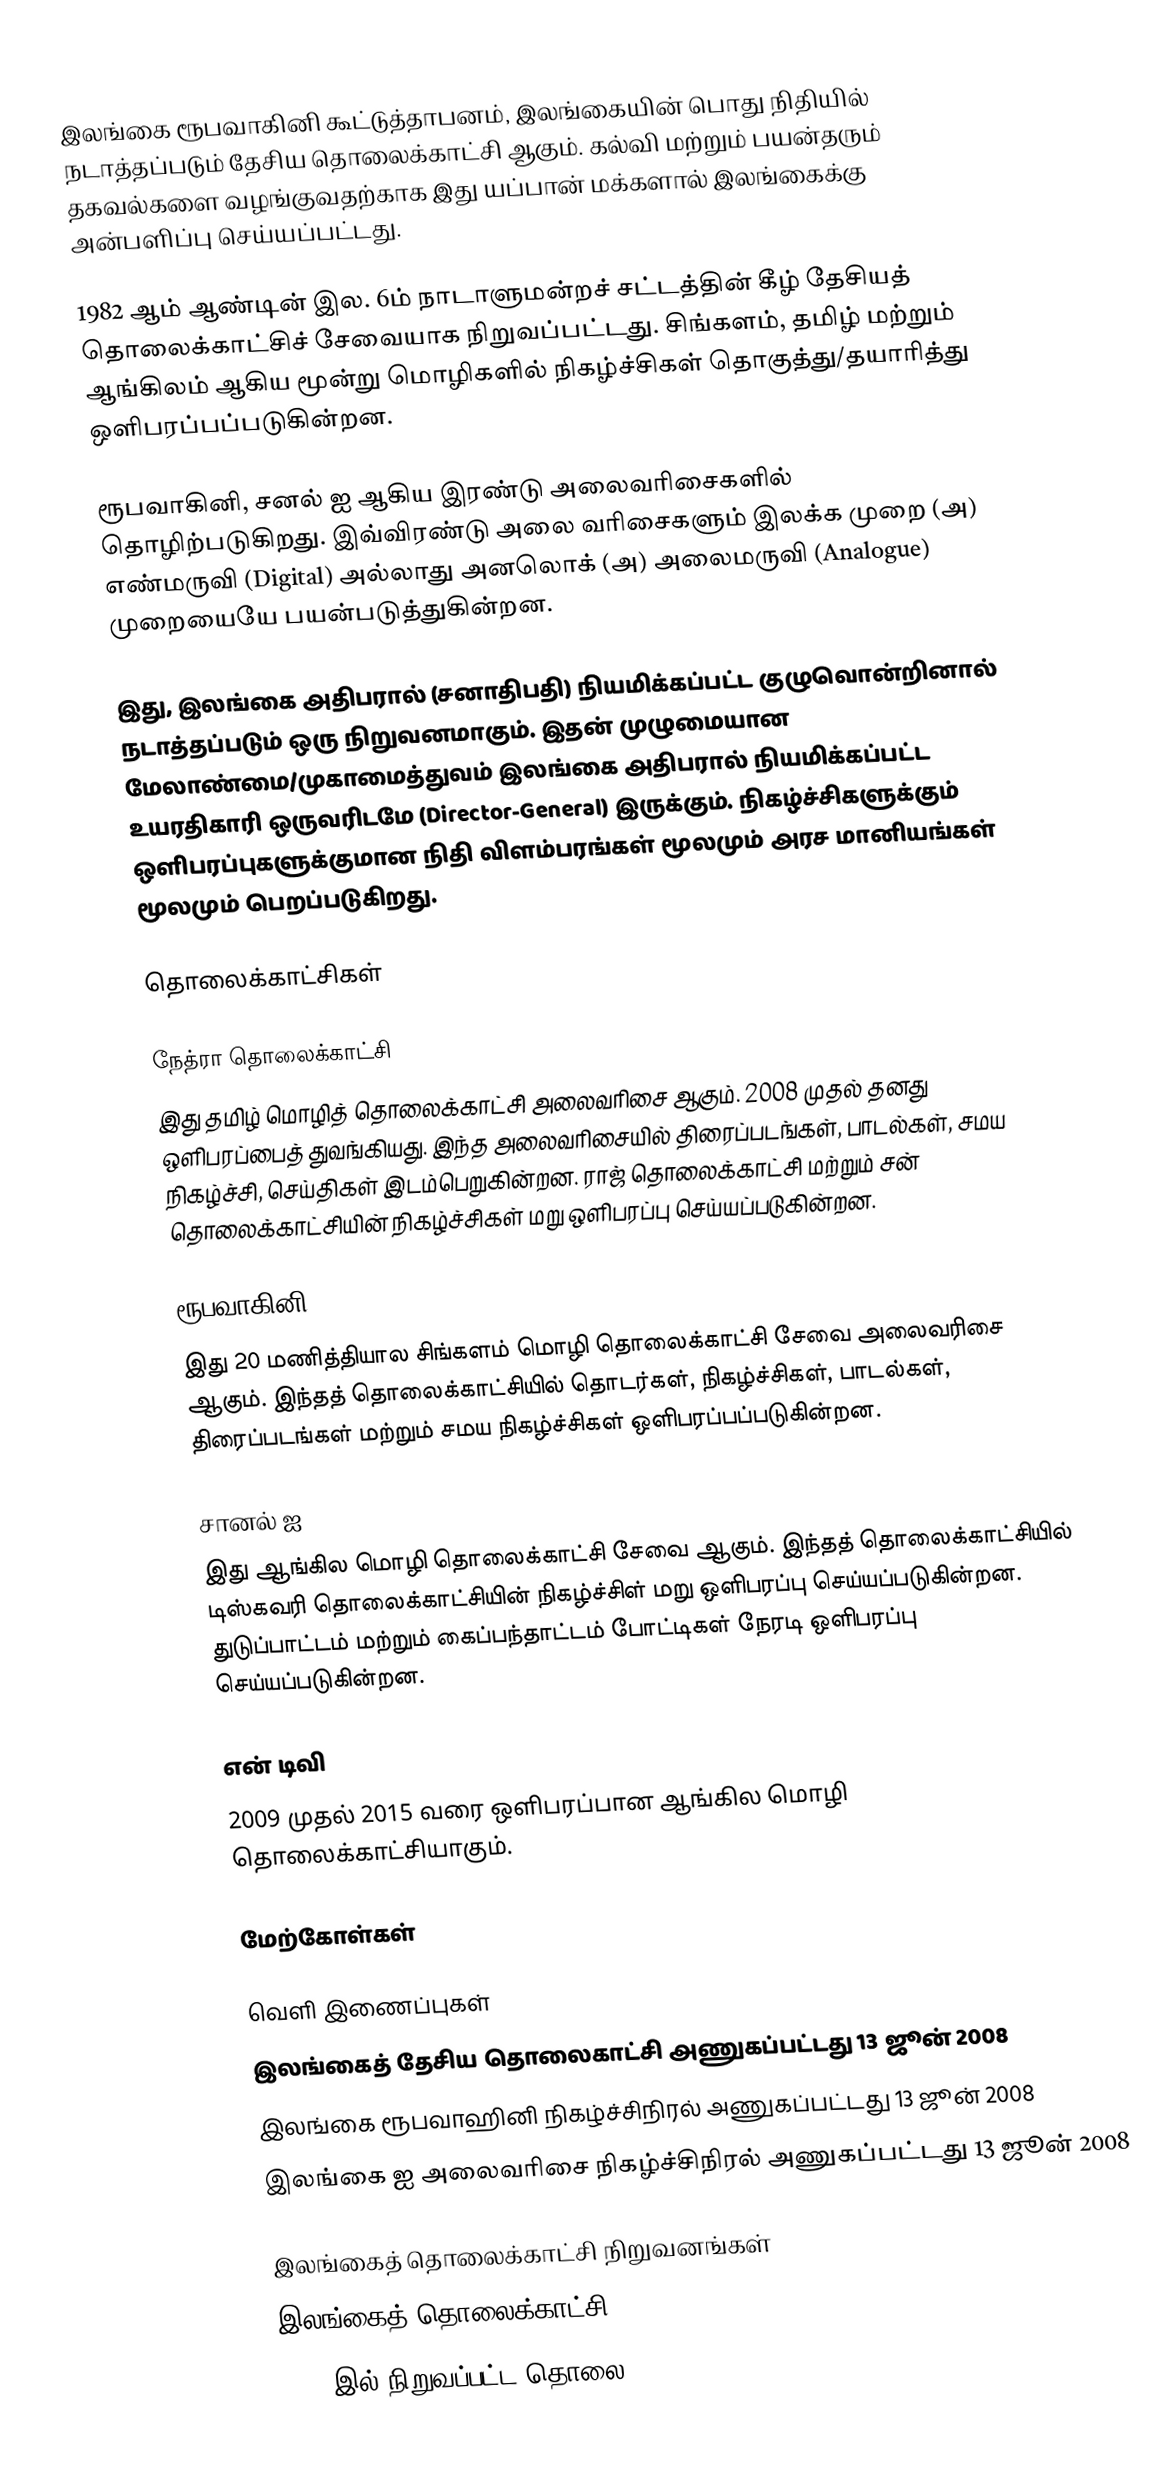
இலங்கை ரூபவாகினி கூட்டுத்தாபனம், இலங்கையின் பொது நிதியில் நடாத்தப்படும் தேசிய தொலைக்காட்சி ஆகும். கல்வி  மற்றும் பயன்தரும்  தகவல்களை வழங்குவதற்காக இது யப்பான் மக்களால் இலங்கைக்கு அன்பளிப்பு செய்யப்பட்டது.

1982 ஆம் ஆண்டின் இல. 6ம் நாடாளுமன்றச் சட்டத்தின் கீழ் தேசியத் தொலைக்காட்சிச் சேவையாக நிறுவப்பட்டது. சிங்களம், தமிழ் மற்றும் ஆங்கிலம் ஆகிய மூன்று மொழிகளில் நிகழ்ச்சிகள் தொகுத்து/தயாரித்து ஒளிபரப்பப்படுகின்றன.

ரூபவாகினி, சனல் ஐ ஆகிய இரண்டு அலைவரிசைகளில் தொழிற்படுகிறது. இவ்விரண்டு அலை வரிசைகளும் இலக்க முறை (அ) எண்மருவி (Digital) அல்லாது அனலொக் (அ) அலைமருவி (Analogue) முறையையே பயன்படுத்துகின்றன.

இது, இலங்கை அதிபரால் (சனாதிபதி) நியமிக்கப்பட்ட குழுவொன்றினால் நடாத்தப்படும் ஒரு நிறுவனமாகும். இதன் முழுமையான மேலாண்மை/முகாமைத்துவம் இலங்கை அதிபரால் நியமிக்கப்பட்ட உயரதிகாரி ஒருவரிடமே (Director-General) இருக்கும். நிகழ்ச்சிகளுக்கும் ஒளிபரப்புகளுக்குமான நிதி விளம்பரங்கள் மூலமும் அரச மானியங்கள் மூலமும் பெறப்படுகிறது.

தொலைக்காட்சிகள்

நேத்ரா தொலைக்காட்சி
 இது தமிழ் மொழித் தொலைக்காட்சி அலைவரிசை ஆகும். 2008 முதல் தனது ஒளிபரப்பைத் துவங்கியது. இந்த அலைவரிசையில் திரைப்படங்கள், பாடல்கள், சமய நிகழ்ச்சி, செய்திகள் இடம்பெறுகின்றன. ராஜ் தொலைக்காட்சி மற்றும் சன் தொலைக்காட்சியின் நிகழ்ச்சிகள் மறு ஒளிபரப்பு செய்யப்படுகின்றன.

ரூபவாகினி
 இது 20 மணித்தியால சிங்களம் மொழி தொலைக்காட்சி சேவை அலைவரிசை ஆகும். இந்தத் தொலைக்காட்சியில் தொடர்கள், நிகழ்ச்சிகள், பாடல்கள், திரைப்படங்கள் மற்றும் சமய நிகழ்ச்சிகள் ஒளிபரப்பப்படுகின்றன.

சானல் ஐ
 இது ஆங்கில மொழி தொலைக்காட்சி சேவை ஆகும். இந்தத் தொலைக்காட்சியில் டிஸ்கவரி தொலைக்காட்சியின் நிகழ்ச்சிள் மறு ஒளிபரப்பு செய்யப்படுகின்றன. துடுப்பாட்டம் மற்றும் கைப்பந்தாட்டம் போட்டிகள் நேரடி ஒளிபரப்பு செய்யப்படுகின்றன.

என் டிவி
 2009 முதல் 2015 வரை ஒளிபரப்பான ஆங்கில மொழி தொலைக்காட்சியாகும்.

மேற்கோள்கள்

வெளி இணைப்புகள்
இலங்கைத் தேசிய தொலைகாட்சி அணுகப்பட்டது 13 ஜூன் 2008
இலங்கை ரூபவாஹினி நிகழ்ச்சிநிரல் அணுகப்பட்டது 13 ஜூன் 2008
இலங்கை ஐ அலைவரிசை நிகழ்ச்சிநிரல் அணுகப்பட்டது 13 ஜூன் 2008

இலங்கைத் தொலைக்காட்சி நிறுவனங்கள்
இலங்கைத் தொலைக்காட்சி
1998 இல் நிறுவப்பட்ட தொலை